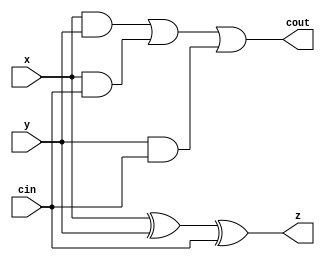
module adder( x, y, cin, z, cout);
	input x;
	input y;
	input cin;
	output cout;
	output z;
	
	//Ripple carry adder logical equations
	assign z = x ^ y ^ cin;
	assign cout = (x & y) | (x & cin) | (y & cin);
endmodule